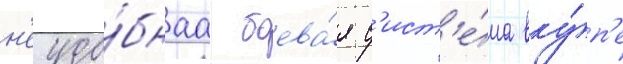
н'еудо́бнаа боева́я с'ист'е́ма вку́п'е